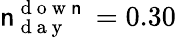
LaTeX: \mathsf{n}_{\mathrm{{~d~a~y~}}}^{\mathrm{{~d~o~w~\mathsf{n}~}}}=0.30